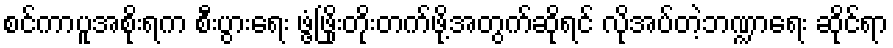
စင်ကာပူအစိုးရက စီးပွားရေး ဖွံ့ဖြိုးတိုးတက်ဖို့အတွက်ဆိုရင် လိုအပ်တဲ့ဘဏ္ဍာရေး ဆိုင်ရာ